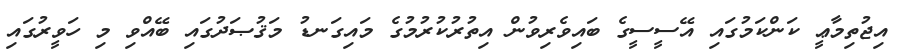
އިޖުތިމާޢީ ކަންކަމުގައި އޭސީސީގެ ބައިވެރިވުން އިތުރުކުރުމުގެ މައިގަނޑު މަޤުޞަދުގައި ބޭއްވި މި ހަވީރުގައި